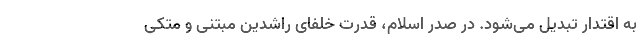
به اقتدار تبدیل می‌شود. در صدر اسلام، قدرت خلفای راشدین مبتنی و متکی